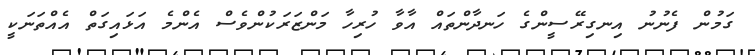
ގަމުން ފެނުނު އިނގިރޭސީންގެ ހަނދާންތައް އާވާ ހުރިހާ މަންޒަރަކުންވެސް އެންމެ އަޅައިގަތް އެއްތަނަކީ